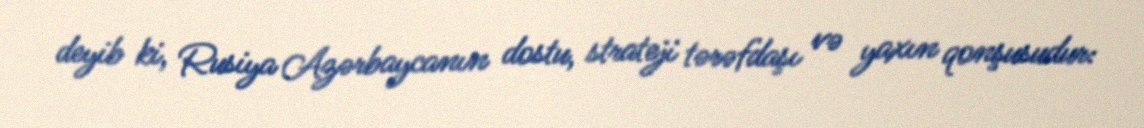
deyib ki, Rusiya Azərbaycanın dostu, strateji tərəfdaşı və yaxın qonşusudur: